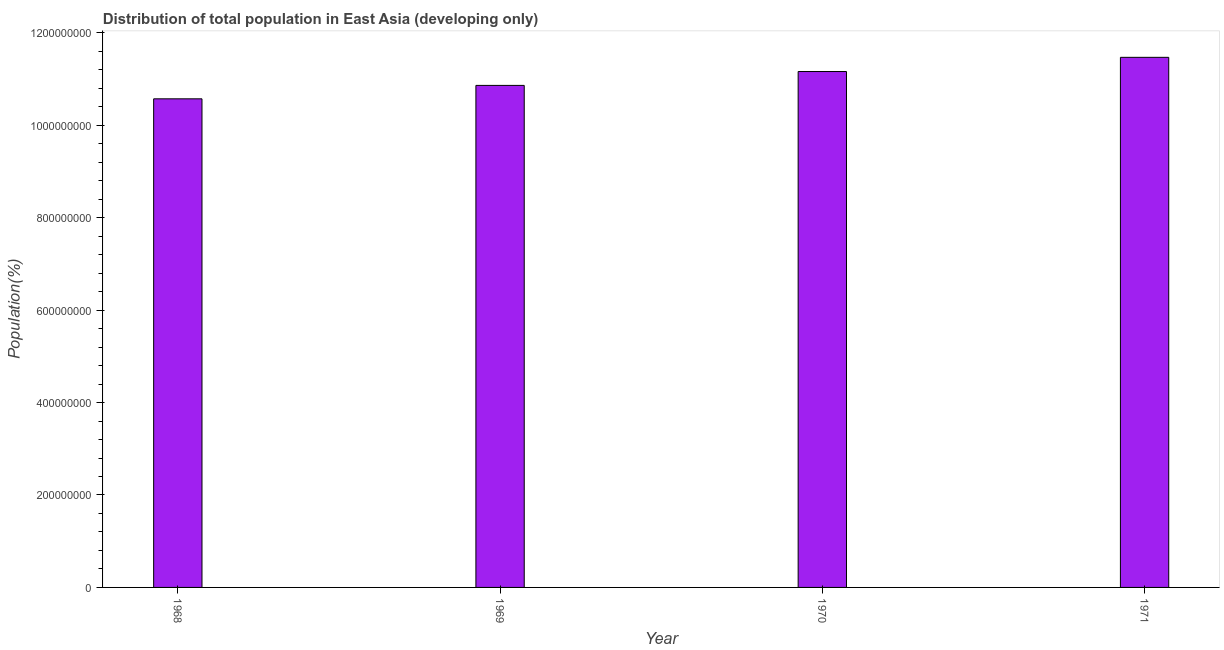
| Year | Total |
 | --- | --- |
 | 1968 | 1.06e+09 |
 | 1969 | 1.09e+09 |
 | 1970 | 1.12e+09 |
 | 1971 | 1.15e+09 |